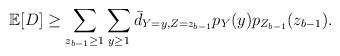
LaTeX: \begin{align*}\mathbb{E}[D]\geq\sum_{z_{b-1}\geq1}\sum_{y\geq1}\bar{d}_{Y=y,Z=z_{b-1}}p_{Y}(y)p_{Z_{b-1}}(z_{b-1}).\end{align*}